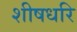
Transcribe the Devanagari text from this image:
शीषधरि